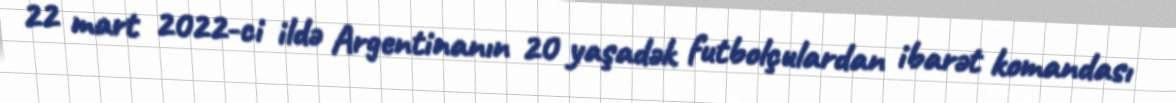
22 mart 2022-ci ildə Argentinanın 20 yaşadək futbolçulardan ibarət komandası